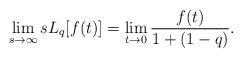
LaTeX: \begin{align*} \lim_{s \rightarrow \infty} s L_{q}[f(t)] = \lim_{t \rightarrow 0} \frac{f(t)}{1+(1-q)}. \end{align*}